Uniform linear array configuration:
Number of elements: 24
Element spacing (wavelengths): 0.75
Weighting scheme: hann
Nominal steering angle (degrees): -60
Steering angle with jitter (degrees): -59.188
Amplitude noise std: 0.05
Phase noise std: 0.05

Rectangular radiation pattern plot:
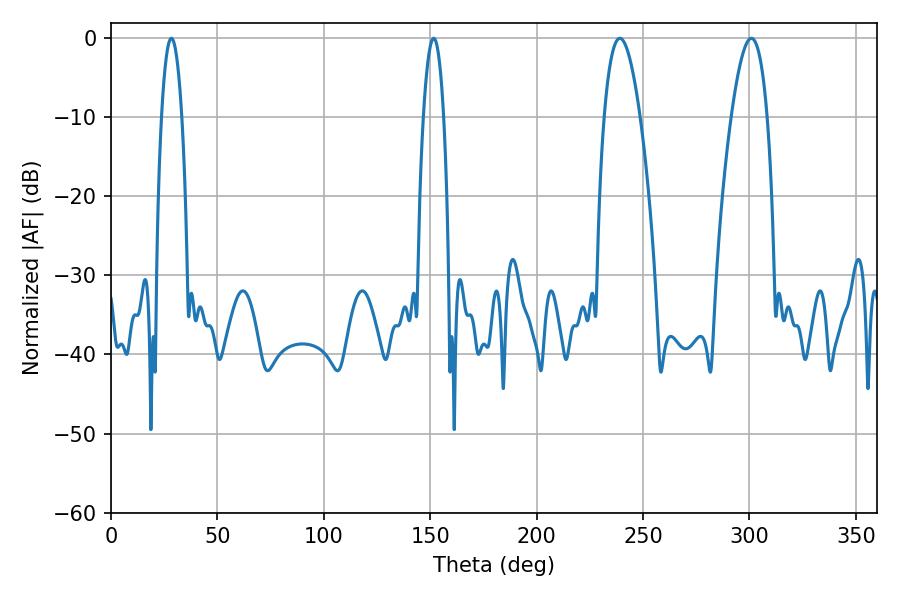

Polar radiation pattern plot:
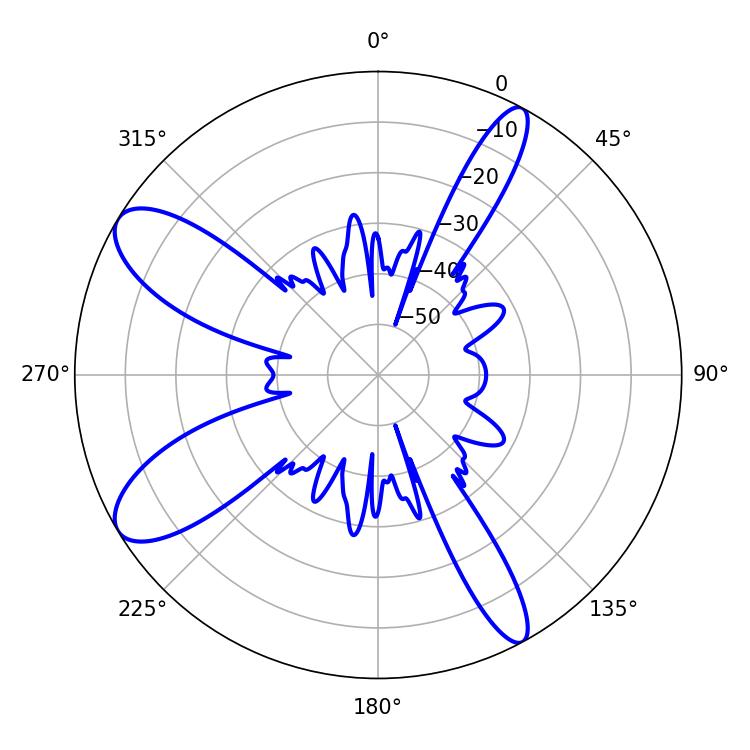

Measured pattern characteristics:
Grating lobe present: TRUE
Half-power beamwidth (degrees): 9.36
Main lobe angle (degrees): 300.96